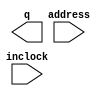
// megafunction wizard: %ROM: 1-PORT%VBB%
// GENERATION: STANDARD
// VERSION: WM1.0
// MODULE: altsyncram 

// ============================================================
// Megafunction Name(s):
// 			altsyncram
//
// Simulation Library Files(s):
// 			altera_mf
// ============================================================
// ************************************************************
// THIS IS A WIZARD-GENERATED FILE. DO NOT EDIT THIS FILE!
//
// 9.0 Build 132 02/25/2009 SJ Full Version
// ************************************************************

//Copyright (C) 1991-2009 Altera Corporation
//Your use of Altera Corporation's design tools, logic functions 
//and other software and tools, and its AMPP partner logic 
//functions, and any output files from any of the foregoing 
//(including device programming or simulation files), and any 
//associated documentation or information are expressly subject 
//to the terms and conditions of the Altera Program License 
//Subscription Agreement, Altera MegaCore Function License 
//Agreement, or other applicable license agreement, including, 
//without limitation, that your use is for the sole purpose of 
//programming logic devices manufactured by Altera and sold by 
//Altera or its authorized distributors.  Please refer to the 
//applicable agreement for further details.

module railgun (
	address,
	inclock,
	q);

	input	[9:0]  address;
	input	  inclock;
	output	[7:0]  q;

endmodule

// ============================================================
// CNX file retrieval info
// ============================================================
// Retrieval info: PRIVATE: ADDRESSSTALL_A NUMERIC "0"
// Retrieval info: PRIVATE: AclrAddr NUMERIC "0"
// Retrieval info: PRIVATE: AclrByte NUMERIC "0"
// Retrieval info: PRIVATE: AclrOutput NUMERIC "0"
// Retrieval info: PRIVATE: BYTE_ENABLE NUMERIC "0"
// Retrieval info: PRIVATE: BYTE_SIZE NUMERIC "8"
// Retrieval info: PRIVATE: BlankMemory NUMERIC "0"
// Retrieval info: PRIVATE: CLOCK_ENABLE_INPUT_A NUMERIC "0"
// Retrieval info: PRIVATE: CLOCK_ENABLE_OUTPUT_A NUMERIC "0"
// Retrieval info: PRIVATE: Clken NUMERIC "0"
// Retrieval info: PRIVATE: IMPLEMENT_IN_LES NUMERIC "0"
// Retrieval info: PRIVATE: INIT_FILE_LAYOUT STRING "PORT_A"
// Retrieval info: PRIVATE: INIT_TO_SIM_X NUMERIC "0"
// Retrieval info: PRIVATE: INTENDED_DEVICE_FAMILY STRING "Cyclone III"
// Retrieval info: PRIVATE: JTAG_ENABLED NUMERIC "1"
// Retrieval info: PRIVATE: JTAG_ID STRING "ROM1"
// Retrieval info: PRIVATE: MAXIMUM_DEPTH NUMERIC "0"
// Retrieval info: PRIVATE: MIFfilename STRING "railgun.mif"
// Retrieval info: PRIVATE: NUMWORDS_A NUMERIC "1024"
// Retrieval info: PRIVATE: RAM_BLOCK_TYPE NUMERIC "0"
// Retrieval info: PRIVATE: RegAddr NUMERIC "1"
// Retrieval info: PRIVATE: RegOutput NUMERIC "0"
// Retrieval info: PRIVATE: SYNTH_WRAPPER_GEN_POSTFIX STRING "0"
// Retrieval info: PRIVATE: SingleClock NUMERIC "0"
// Retrieval info: PRIVATE: UseDQRAM NUMERIC "0"
// Retrieval info: PRIVATE: WidthAddr NUMERIC "10"
// Retrieval info: PRIVATE: WidthData NUMERIC "8"
// Retrieval info: PRIVATE: rden NUMERIC "0"
// Retrieval info: CONSTANT: ADDRESS_ACLR_A STRING "NONE"
// Retrieval info: CONSTANT: CLOCK_ENABLE_INPUT_A STRING "BYPASS"
// Retrieval info: CONSTANT: CLOCK_ENABLE_OUTPUT_A STRING "BYPASS"
// Retrieval info: CONSTANT: INIT_FILE STRING "railgun.mif"
// Retrieval info: CONSTANT: INTENDED_DEVICE_FAMILY STRING "Cyclone III"
// Retrieval info: CONSTANT: LPM_HINT STRING "ENABLE_RUNTIME_MOD=YES,INSTANCE_NAME=ROM1"
// Retrieval info: CONSTANT: LPM_TYPE STRING "altsyncram"
// Retrieval info: CONSTANT: NUMWORDS_A NUMERIC "1024"
// Retrieval info: CONSTANT: OPERATION_MODE STRING "ROM"
// Retrieval info: CONSTANT: OUTDATA_ACLR_A STRING "NONE"
// Retrieval info: CONSTANT: OUTDATA_REG_A STRING "UNREGISTERED"
// Retrieval info: CONSTANT: WIDTHAD_A NUMERIC "10"
// Retrieval info: CONSTANT: WIDTH_A NUMERIC "8"
// Retrieval info: CONSTANT: WIDTH_BYTEENA_A NUMERIC "1"
// Retrieval info: USED_PORT: address 0 0 10 0 INPUT NODEFVAL address[9..0]
// Retrieval info: USED_PORT: inclock 0 0 0 0 INPUT NODEFVAL inclock
// Retrieval info: USED_PORT: q 0 0 8 0 OUTPUT NODEFVAL q[7..0]
// Retrieval info: CONNECT: @address_a 0 0 10 0 address 0 0 10 0
// Retrieval info: CONNECT: q 0 0 8 0 @q_a 0 0 8 0
// Retrieval info: CONNECT: @clock0 0 0 0 0 inclock 0 0 0 0
// Retrieval info: LIBRARY: altera_mf altera_mf.altera_mf_components.all
// Retrieval info: GEN_FILE: TYPE_NORMAL railgun.v TRUE
// Retrieval info: GEN_FILE: TYPE_NORMAL railgun.inc FALSE
// Retrieval info: GEN_FILE: TYPE_NORMAL railgun.cmp TRUE
// Retrieval info: GEN_FILE: TYPE_NORMAL railgun.bsf TRUE
// Retrieval info: GEN_FILE: TYPE_NORMAL railgun_inst.v FALSE
// Retrieval info: GEN_FILE: TYPE_NORMAL railgun_bb.v TRUE
// Retrieval info: GEN_FILE: TYPE_NORMAL railgun_waveforms.html TRUE
// Retrieval info: GEN_FILE: TYPE_NORMAL railgun_wave*.jpg FALSE
// Retrieval info: LIB_FILE: altera_mf